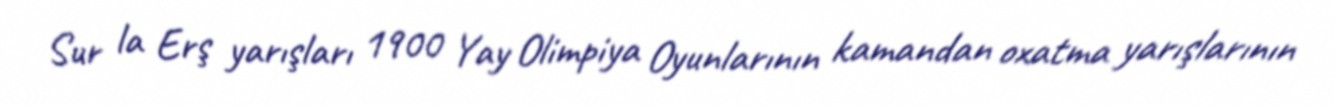
Sur la Erş yarışları 1900 Yay Olimpiya Oyunlarının kamandan oxatma yarışlarının